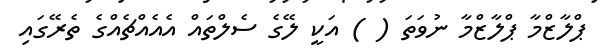
ޕްލާޒްމާ ޕްލާޒްމާ ނުވަތަ ( ) އަކީ ލޭގެ ސެލްތައް އެއެއްޗެއްގެ ތެރޭގައި